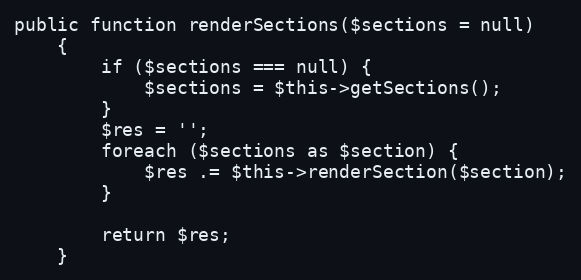
Language: PHP
public function renderSections($sections = null)
    {
        if ($sections === null) {
            $sections = $this->getSections();
        }
        $res = '';
        foreach ($sections as $section) {
            $res .= $this->renderSection($section);
        }

        return $res;
    }